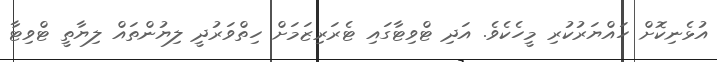
އުޅެނިކޮށް ހައްޔަރުކުރި މީހެކެވެ. އަދި ޓްވިޓާގައި ޓެރަރިޒަމަށް ހިތްވަރުދީ ލިޔުންތައް ލިޔާތީ ޓްވިޓާ